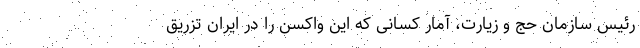
رئیس سازمان حج و زیارت، آمار کسانی که این واکسن را در ایران تزریق